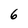
Character: 6